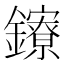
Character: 𨯈